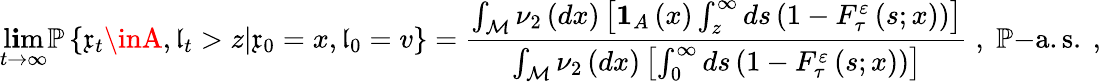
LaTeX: \operatorname*{l\mathbf{i}m}_{t\rightarrow\infty}\mathbb{{P}}\left\{ \mathfrak{{x}}_{t}\inA,\mathfrak{{l}}_{t}>z|\mathfrak{{x}}_{0}=x,\mathfrak{{l}}_{0}=v\right\} =\frac{{\int_{\mathcal{{M}}}\nu_{2}\left(dx\right)\left[\mathbf{{1}}_{A}\left(x\right)\int_{z}^{\infty}ds\left(1-F_{\tau}^{\varepsilon}\left(s;x\right)\right)\right]}}{{\int_{\mathcal{{M}}}\nu_{2}\left(dx\right)\left[\int_{0}^{\infty}ds\left(1-F_{\tau}^{\varepsilon}\left(s;x\right)\right)\right]}}\; ,\; \mathbb{{P}}\mathrm{{-a.s.\ ,}}